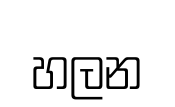
හලන